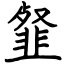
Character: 韰